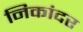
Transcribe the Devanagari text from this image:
निकांदर